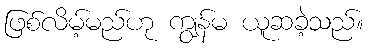
ဖြစ်လိမ့်မည်ဟု ကျွန်မ ယူဆခဲ့သည်။